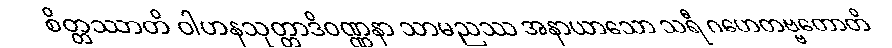
စိတ္တဿာတိ ဝါဟနသုတ္တာဒိဝဏ္ဏနာ သာမညဿ အနာယာသော သရီ ဂဟေတဗ္ဗတောတိ